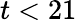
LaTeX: t<21